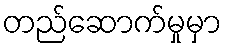
တည်ဆောက်မှုမှာ